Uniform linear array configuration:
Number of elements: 64
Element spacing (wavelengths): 0.25
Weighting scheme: binomial
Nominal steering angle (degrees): -30
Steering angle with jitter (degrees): -28.489
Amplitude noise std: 0.05
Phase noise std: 0.05

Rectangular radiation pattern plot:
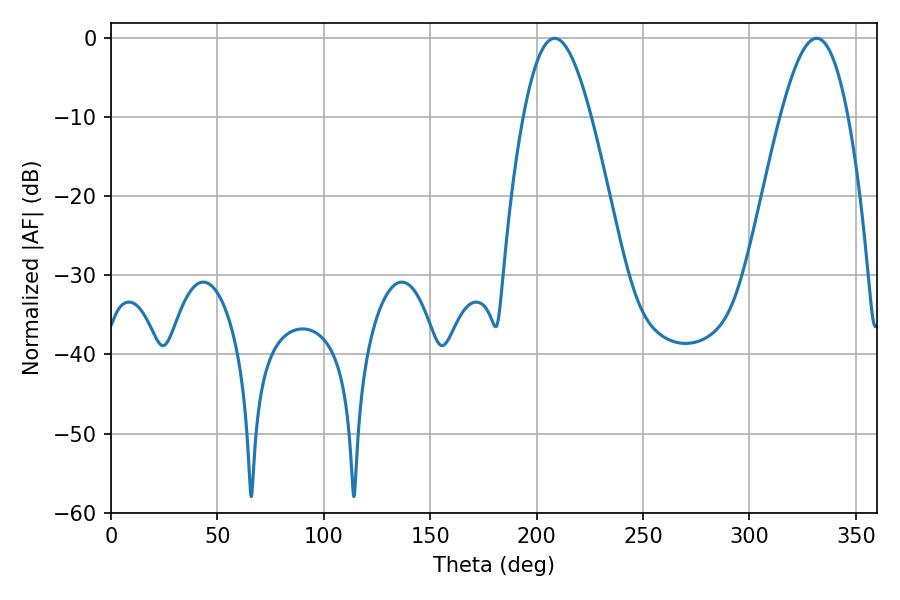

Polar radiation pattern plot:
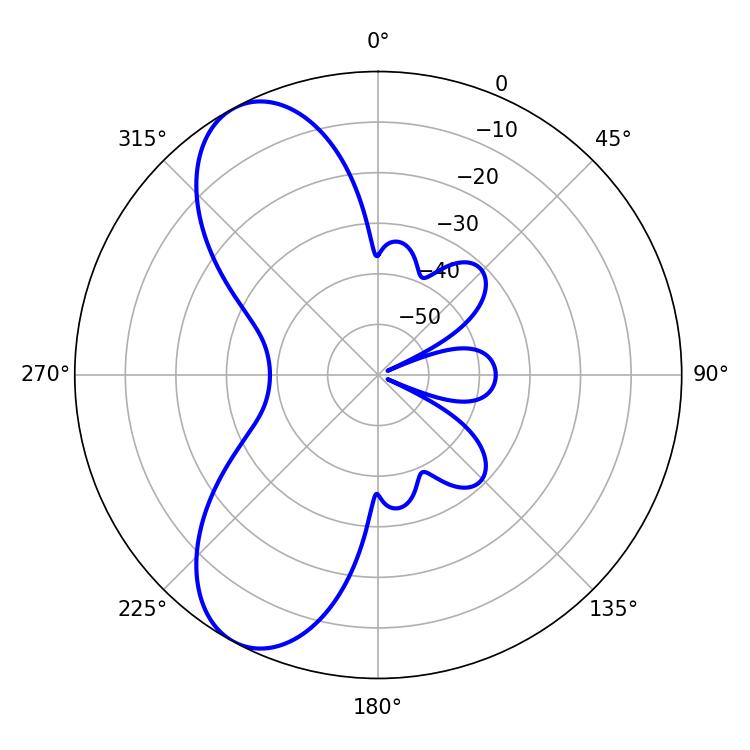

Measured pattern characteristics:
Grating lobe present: FALSE
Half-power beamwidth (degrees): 17.28
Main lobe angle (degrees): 208.44